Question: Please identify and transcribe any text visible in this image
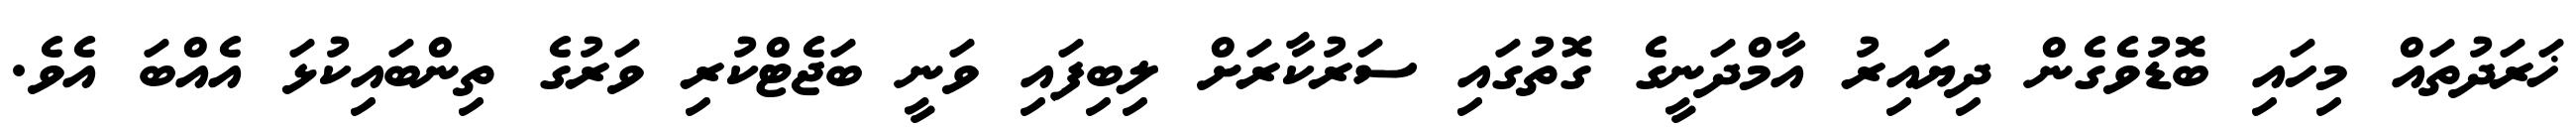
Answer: ޚަރަދުތައް މިހައި ބޮޑުވެގެން ދިޔައިރު އާމްދަނީގެ ގޮތުގައި ސަރުކާރަށް ލިބިފައި ވަނީ ބަޖެޓްކުރި ވަރުގެ ތިންބައިކުޅަ އެއްބަ އެވެ.